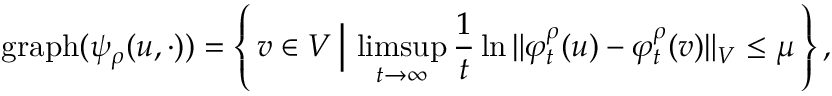
\mathrm { g r a p h } ( \psi _ { \rho } ( u , \cdot ) ) = \left\{ \, v \in V \, \Big \vert \, \operatorname* { l i m s u p } _ { t \to \infty } \frac { 1 } { t } \ln { \Vert \varphi _ { t } ^ { \rho } ( u ) - \varphi _ { t } ^ { \rho } ( v ) \Vert _ { V } } \leq \mu \, \right\} ,